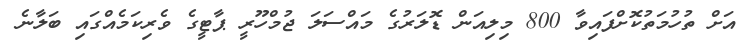
އަށް ތުހުމަތުކޮށްފައިވާ 800 މިލިއަން ޑޮލަރުގެ މައްސަލަ ޖުމްހޫރީ ޕާޓީގެ ވެރިކަމެއްގައި ބަލާނެ